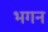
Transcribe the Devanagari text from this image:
भगन